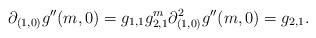
LaTeX: \begin{align*} \partial_{(1,0)}g''(m,0)=g_{1,1}g_{2,1}^{m} \partial_{(1,0)}^{2}g''(m,0)=g_{2,1}. \end{align*}